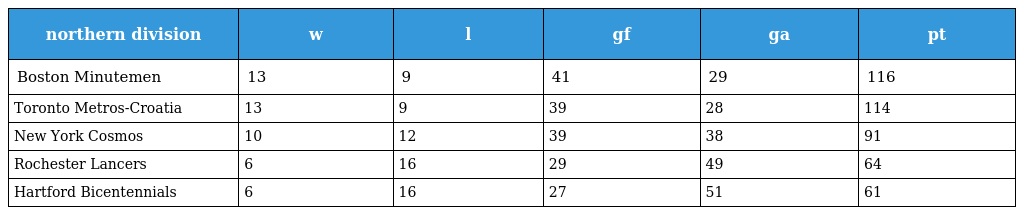
| northern division | w | l | gf | ga | pt |
 | --- | --- | --- | --- | --- | --- |
 | Boston Minutemen | 13 | 9 | 41 | 29 | 116 |
 | Toronto Metros-Croatia | 13 | 9 | 39 | 28 | 114 |
 | New York Cosmos | 10 | 12 | 39 | 38 | 91 |
 | Rochester Lancers | 6 | 16 | 29 | 49 | 64 |
 | Hartford Bicentennials | 6 | 16 | 27 | 51 | 61 |